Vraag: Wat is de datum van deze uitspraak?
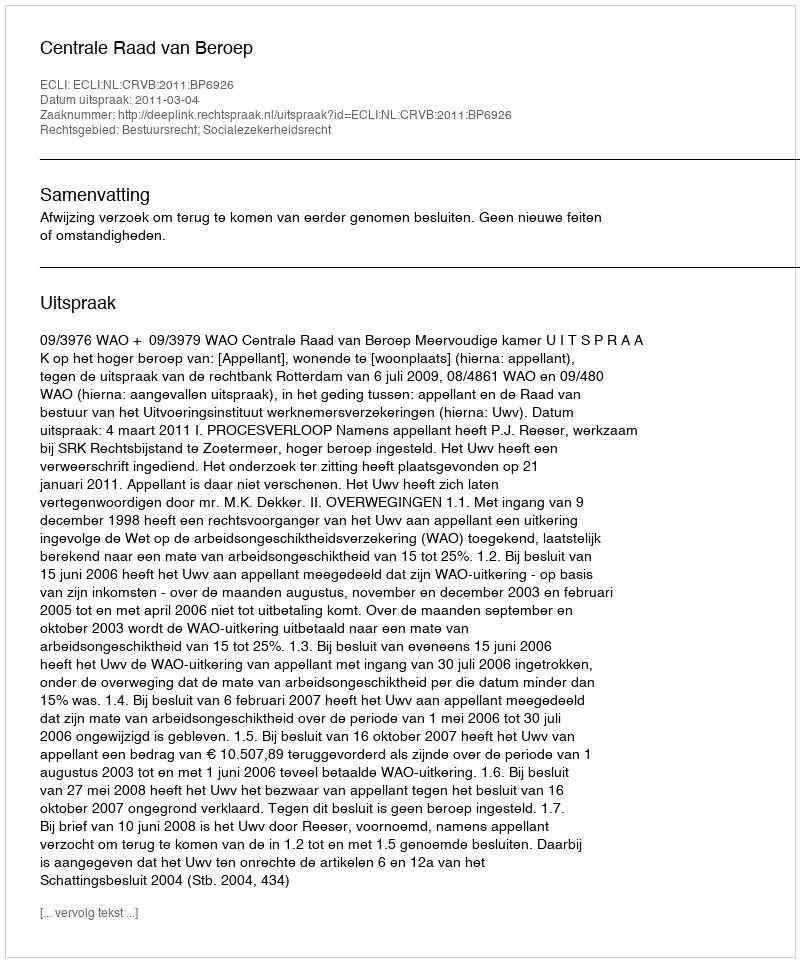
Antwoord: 2011-03-04